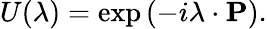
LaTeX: U(\mathbf{\lambda})=\exp\left(-i\mathbf{\lambda}\cdot\mathbf{P}\right).